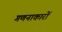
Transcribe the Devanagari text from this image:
गणनाकारों